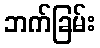
ဘက်ခြမ်း